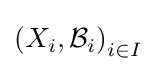
\left(X_{i},{\mathcal {B}}_{i}\right)_{i\in I}